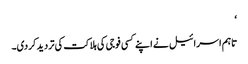
‘
تاہم اسرائیل نے اپنے کسی فوجی کی ہلاکت کی تردید کردی۔